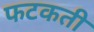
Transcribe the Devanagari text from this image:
फटकती